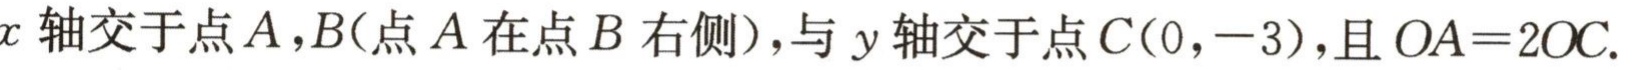
$x轴交于点A，B(点A在点B右侧)，与y轴交于点C(0，-3)，且OA = 2OC.$